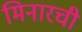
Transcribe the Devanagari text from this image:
मिनारची